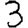
Digit: 3